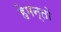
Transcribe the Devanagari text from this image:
हेमन्तो